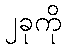
၂ခုကို